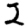
Digit: 2